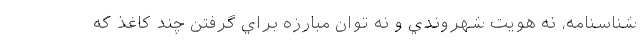
شناسنامه، نه هويت شهروندي و نه توان مبارزه براي گرفتن چند كاغذ كه